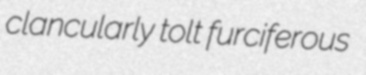
clancularly tolt furciferous